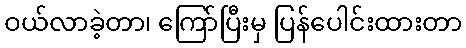
ဝယ်လာခဲ့တာ၊ ကြော်ပြီးမှ ပြန်ပေါင်းထားတာ